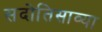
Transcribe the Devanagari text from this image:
सदोतिसाव्या